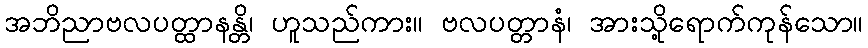
အဘိညာဗလပတ္ထာနန္တိ၊ ဟူသည်ကား။ ဗလပတ္တာနံ၊ အားသို့ရောက်ကုန်သော။